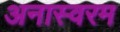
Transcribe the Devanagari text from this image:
अनास्वरम